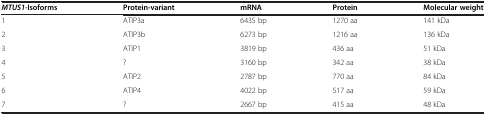
| MTUS1-Isoforms | Protein-variant | mRNA | Protein | Molecular weight |
 | --- | --- | --- | --- | --- |
 | 1 | ATIP3a | 6435 bp | 1270 aa | 141 kDa |
 | 2 | ATIP3b | 6273 bp | 1216 aa | 136 kDa |
 | 3 | ATIP1 | 3819 bp | 436 aa | 51 kDa |
 | 4 | ? | 3160 bp | 342 aa | 38 kDa |
 | 5 | ATIP2 | 2787 bp | 770 aa | 84 kDa |
 | 6 | ATIP4 | 4022 bp | 517 aa | 59 kDa |
 | 7 | ? | 2667 bp | 415 aa | 48 kDa |